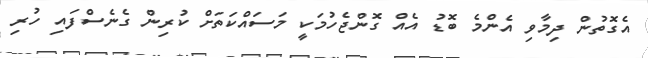
އެގޮތުން ދިމާވި އެންމެ ބޮޑު އެއް ގޮންޖެހުމަކީ މަސައްކަތަށް ކުރިން ގެނެސްފައި ހުރި